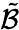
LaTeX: \tilde{\cal B}